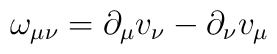
\omega_{\mu\nu} = \partial_{\mu} v_{\nu} -\partial_{\nu} v_{\mu}